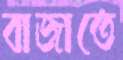
বাজাতে